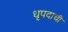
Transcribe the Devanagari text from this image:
धृपदाची